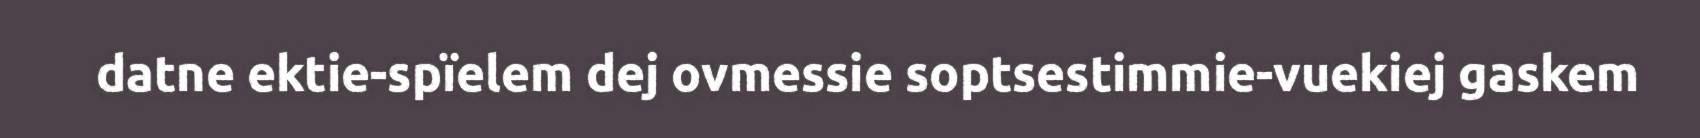
datne ektie-spïelem dej ovmessie soptsestimmie-vuekiej gaskem